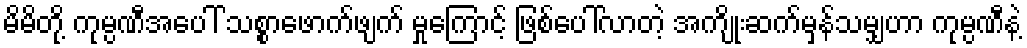
မိမိတို့ ကုမ္ပဏီအပေါ် သစ္စာဖောက်ဖျက် မှုကြောင့် ဖြစ်ပေါ်လာတဲ့ အကျိုးဆက်မှန်သမျှဟာ ကုမ္ပဏီနဲ့